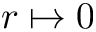
r \mapsto 0